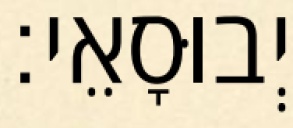
יְבוּסָאֵי׃